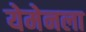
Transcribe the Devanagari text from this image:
येमेनला